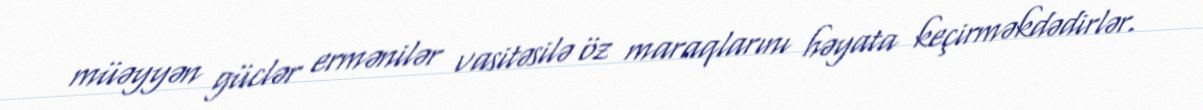
müəyyən güclər ermənilər vasitəsilə öz maraqlarını həyata keçirməkdədirlər.